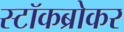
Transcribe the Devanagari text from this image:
स्‍टॉकब्रोकर